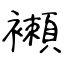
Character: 襰